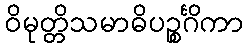
ဝိမုတ္တိသမာဓိပဉ္စင်္ဂိကာ